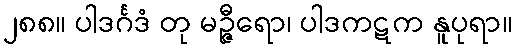
၂၈၈။ ပါဒင်္ဂဒံ တု မဉ္ဇီရော၊ ပါဒကဋက နူပုရာ။